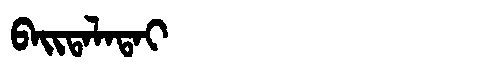
Manchu: ᠪᠠᡳᡨᠠᠯᠠᡨᠠᡳ
Romanization: BAITALATAI